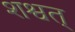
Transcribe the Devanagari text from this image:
शश्वत्